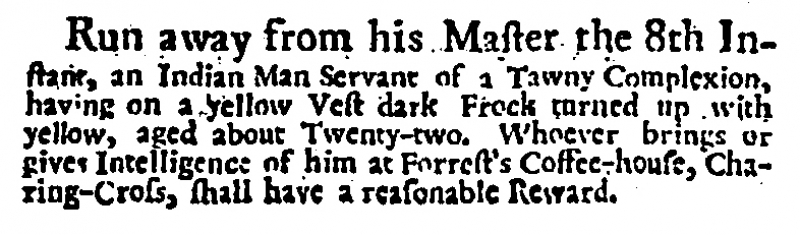
Daily Post, 10 January 1727 (England)
Run away from his Master the 8th Instant, an Indian Man Servant of a Tawny Complexion, having on a yellow Vest dark Frock turned up with yellow, aged about Twenty-two. Whoever brings or gives Intelligence of him at Forrest’s Coffee-house, Charing-Cross, shall have a reasonable Reward.